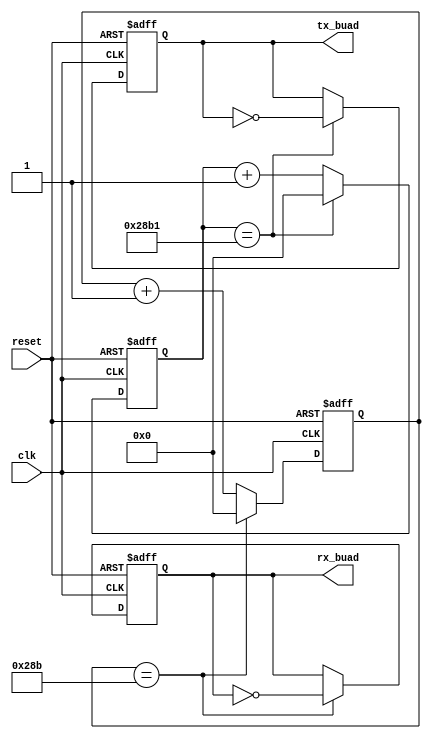
`timescale 1ns / 1ps
//////////////////////////////////////////////////////////////////////////////////
// Company: 
// Engineer: 
// 
// Design Name: 
// Module Name: BUADGENE
// Project Name: 
// Target Devices: 
// Tool Versions: 
// Description: 
// 
// Dependencies: 
// 
// Revision:
// Revision 0.01 - File Created
// Additional Comments:
// 
//////////////////////////////////////////////////////////////////////////////////


module BUADGENE(
    input   wire    clk,
    input   wire    reset,
    
    output  wire    tx_buad,
    output  wire    rx_buad
    );
    
    reg  [21:0] count_tx;
    reg  [21:0] count_rx;
    
    reg         tx_reg;
    reg         rx_reg;
    
    // tx_buad = clk(20M) / 9600 = 20833
    always @(posedge clk or negedge reset) begin
        if (!reset) begin
            count_tx <= 0;
            tx_reg <= 0;
        end
        else begin
            if (count_tx == 10417) begin
                count_tx <= 0;
                tx_reg <= ~tx_reg; 
            end
            else 
                count_tx <= count_tx+1;
        end
    end
    
    // rx_buad = clk(20M) / (9600*16) = 1302
    always @(posedge clk or negedge reset) begin
        if (!reset) begin
            count_rx <= 0;
            rx_reg <= 0;
        end
        else begin
            if (count_rx == 651) begin
                count_rx <= 0;
                rx_reg <= ~rx_reg;
            end
            else 
                count_rx <= count_rx+1;
        end
    end
    
    assign tx_buad = tx_reg;
    assign rx_buad = rx_reg;
    
endmodule